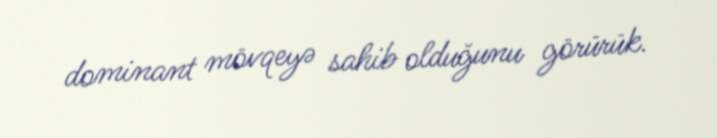
dominant mövqeyə sahib olduğunu görürük.